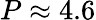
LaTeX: P\approx 4.6